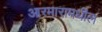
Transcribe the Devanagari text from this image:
आरमारामधील